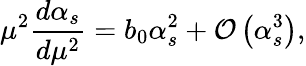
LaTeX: \mu^{2}{\frac{d\alpha_{s}}{d\mu^{2}}}=b_{0}\alpha_{s}^{2}+{\cal O}\left(\alpha_{s}^{3}\right),